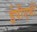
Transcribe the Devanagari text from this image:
ईपीएबी